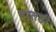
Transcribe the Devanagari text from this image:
वालडी